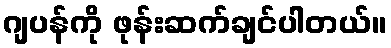
ဂျပန်ကို ဖုန်းဆက်ချင်ပါတယ်။